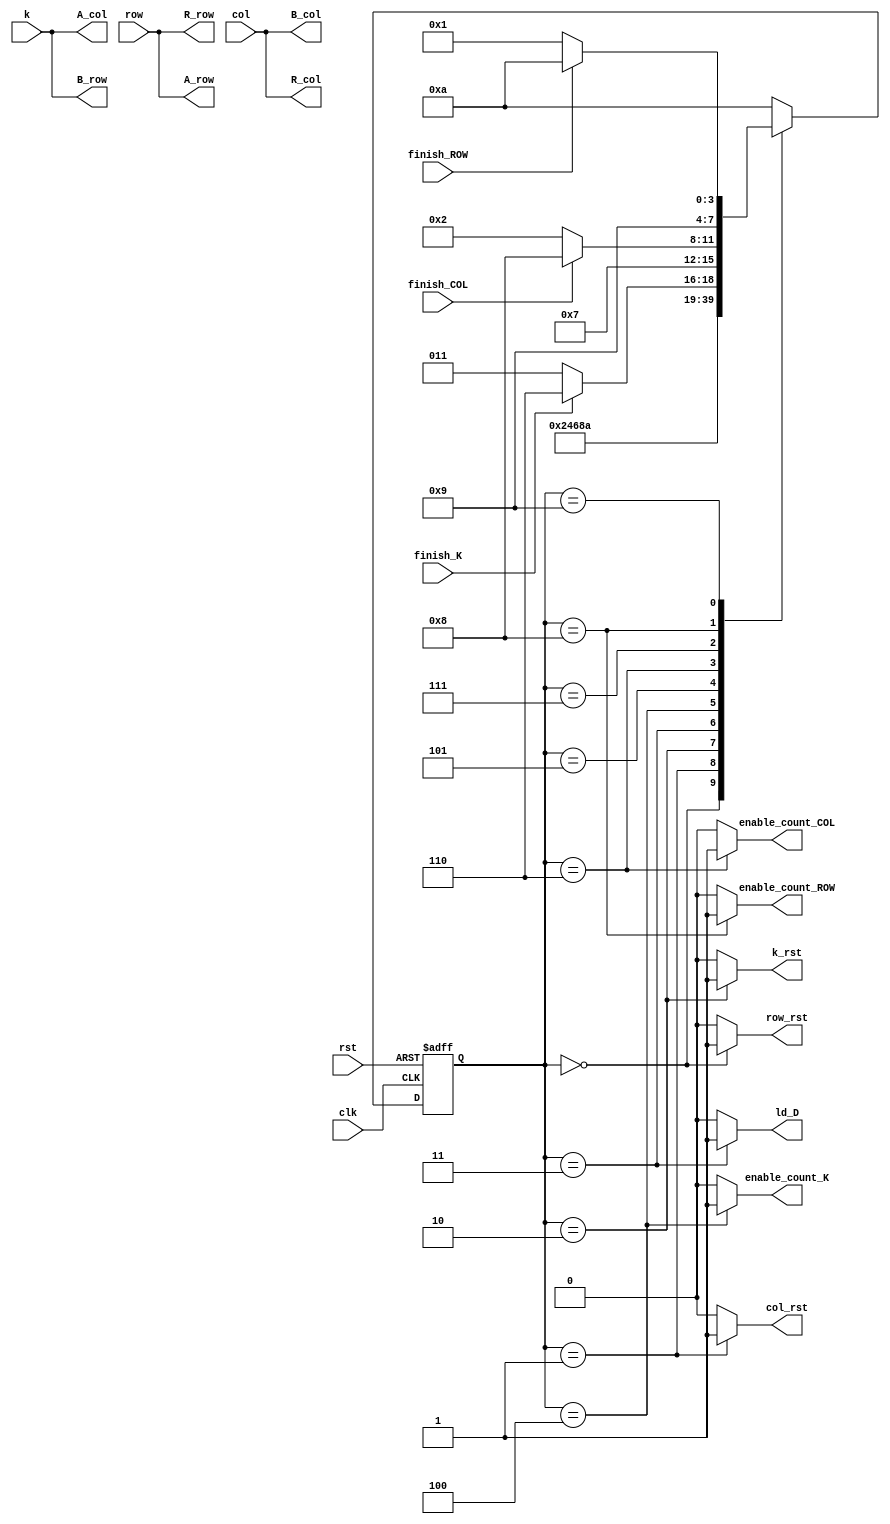
module matrix_multiplier_fsm(clk,rst,finish_K,finish_ROW,finish_COL,k,row,col,k_rst,col_rst,row_rst,ld_D,enable_count_COL,enable_count_ROW,enable_count_K,A_col,B_col,R_col,A_row,B_row,R_row);
  input clk,rst;
  input finish_K,finish_ROW,finish_COL;
  input [1:0] k,row,col;
  output reg k_rst,col_rst,row_rst;
  output reg ld_D,enable_count_COL,enable_count_ROW,enable_count_K;
  output reg[1:0] A_col,B_col,R_col,A_row,B_row,R_row;
  reg [3:0] current_state, next_state;
  always@ (finish_K,finish_ROW,finish_COL,k,row,col,current_state)
  begin
        case (current_state)
    4'b0000:
        begin
        A_row=row;
        A_col=k;
        B_row=k;
        B_col=col;
        R_row=row;
        R_col=col;
        ld_D=0;
        k_rst=0;
        row_rst=1;
        enable_count_COL=0;
        enable_count_ROW=0;
        enable_count_K=0;
        next_state=4'b0001;
        col_rst=0;
        R_row=row;
        R_col=col;
        end
    4'b0001:
        begin
            A_row=row;
            A_col=k;
            B_row=k;
            B_col=col;
            R_row=row;
            R_col=col;
            ld_D=0;
            k_rst=0;
            row_rst=0;
            col_rst=1;
            enable_count_COL=0;
            enable_count_ROW=0;
            enable_count_K=0;
            next_state=4'b0010;
            R_row=row;
            R_col=col;
        end
    4'b0010:
        begin
            A_row=row;
            A_col=k;
            B_row=k;
            B_col=col;
            R_row=row;
            R_col=col;
            ld_D=0;
            row_rst=0;
            col_rst=0;
            R_row=row;
            R_col=col;
            k_rst=1;
            enable_count_COL=0;
            enable_count_ROW=0;
            enable_count_K=0;
            next_state=4'b0011;
        end
    4'b0011:
    begin
        A_row=row;
        A_col=k;
        B_row=k;
        B_col=col;
        R_row=row;
        R_col=col;
        row_rst=0;
        col_rst=0;
        k_rst=0;
        ld_D=1;
        enable_count_K=0;
        enable_count_ROW=0;
        enable_count_COL=0;
        next_state=4'b0100;
    end
    4'b0100:
        begin
        A_row=row;
        A_col=k;
        B_row=k;
        B_col=col;
        R_row=row;
        R_col=col;
        k_rst=0;
        row_rst=0;
        col_rst=0;
        ld_D=0;
        enable_count_K=1;
        R_row=row;
        R_col=col;
        enable_count_ROW=0;
        enable_count_COL=0;
        next_state=4'b0101;
        end
    4'b0101:
        begin
            A_row=row;
            A_col=k;
            B_row=k;
            B_col=col;
            R_row=row;
            R_col=col;
            ld_D=0;
            k_rst=0;
            row_rst=0;
            col_rst=0;
            enable_count_K=0;
            R_row=row;
            R_col=col;
            enable_count_ROW=0;
            enable_count_COL=0;
            if(finish_K)
                next_state=4'b0110;
            else
                next_state=4'b0011;
        end
    4'b0110:
        begin
            A_row=row;
            A_col=k;
            B_row=k;
            B_col=col;
            R_row=row;
            R_col=col;
            ld_D=0;
            k_rst=0;
            row_rst=0;
            col_rst=0;
            enable_count_K=0;
            enable_count_ROW=0;
            enable_count_COL=1;
            R_row=row;
            R_col=col;
            next_state=4'b0111;
        end
    4'b0111:
        begin
            A_row=row;
            A_col=k;
            B_row=k;
            B_col=col;
            R_row=row;
            R_col=col;
            ld_D=0;
            k_rst=0;
            row_rst=0;
            col_rst=0;
            enable_count_K=0;
            enable_count_COL=0;
            R_row=row;
            R_col=col;
            enable_count_ROW=0;
            if(finish_COL)
                next_state=4'b1000;
            else
                next_state=4'b0010;

        end
    4'b1000:
        begin
            A_row=row;
            A_col=k;
            B_row=k;
            B_col=col;
            R_row=row;
            R_col=col;
            enable_count_K=0;
            enable_count_COL=0;
            ld_D=0;
            k_rst=0;
            row_rst=0;
            col_rst=0;
            enable_count_ROW=1;
            R_row=row;
            R_col=col;
            next_state=4'b1001;
        end
    4'b1001:
        begin
            A_row=row;
            A_col=k;
            B_row=k;
            B_col=col;
            R_row=row;
            R_col=col;
            enable_count_K=0;
            enable_count_COL=0;
            ld_D=0;
            k_rst=0;
            row_rst=0;
            col_rst=0;
            enable_count_ROW=0;
            R_row=row;
            R_col=col;
            if(finish_ROW)
                next_state=4'b1010;
            else
                next_state=4'b0001;
        end
    4'b1010:
        begin
            A_row=row;
            A_col=k;
            B_row=k;
            B_col=col;
            R_row=row;
            R_col=col;
            enable_count_K=0;
            enable_count_COL=0;
            ld_D=0;
            k_rst=0;
            col_rst=0;
            enable_count_ROW=0;
            next_state=4'b1010; 
            row_rst=0;
            R_row=row;
            R_col=col;
        end
    default:
        begin
            A_row=row;
            A_col=k;
            B_row=k;
            B_col=col;
            R_row=row;
            R_col=col;
           enable_count_K=0;
           enable_count_COL=0;
           ld_D=0;
           k_rst=0;
           R_row=row;
           R_col=col;
           row_rst=0;
           col_rst=0;
           enable_count_ROW=0;
           next_state=4'b1010;
        end
    endcase
  end

  always @(posedge clk, posedge rst)
  begin
    if (rst) 
      current_state <= 4'b0000;
    else 
      current_state <= next_state;
  end
  endmodule